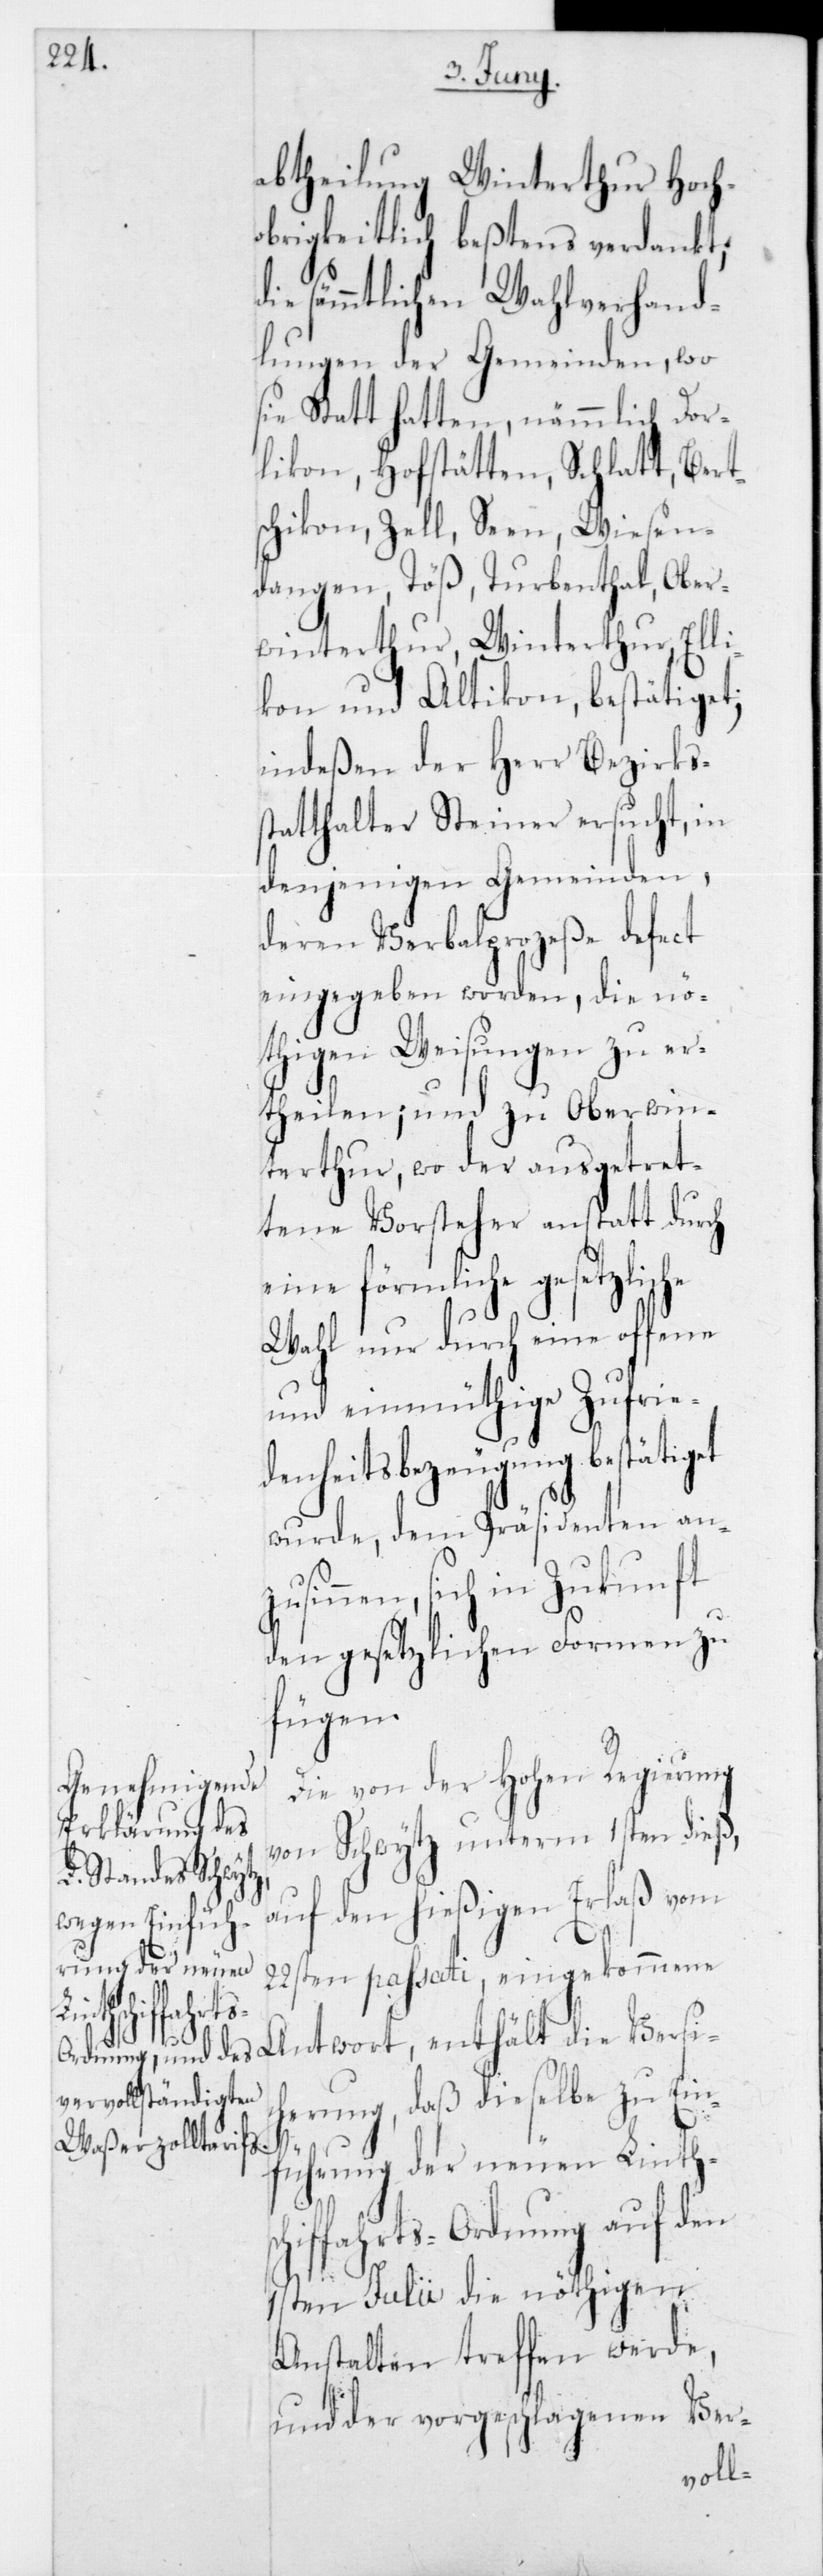
che

abtheilung Winterthur Hoch¬
obrigkeitlich beßtens verdankt;
ie sämmtlichen Wahlverhand¬
lungen der Gemeinden, wo
sie statt hatten, nämmlich Dor¬
likon, Hofstätten, Schlatt, Bert¬
schikon, Zell, Seen, Wiesen¬
dangen, Turbenthal, Ober¬
winterthur, Winterthur, Elli¬
kon und Altikon, bestätiget,
indeßen der Herr Bezirkss¬
tatthalter Steiner ersucht, in
denjenigen Gemeinden,
deren Verbalprozeße defect
eingegeben worden, die nö¬
thigen Weisungen zu er¬
theilen; und zu Oberwin¬
terthur, wo der ausgetret¬
tene Vorsteher anstatt durch
eine förmliche gesetzli¬
Wahl nur durch eine offene
und einmüthige Zufrie¬
denheitsbezeugung bestätiget
wurde, dem Präsidenten anz¬
usinnen, sich in Zukunft
den gesetzlichen Formen zu
fügen.
Die von der Hohen Regierung
von Schwytz unterm 1sten dieß,
auf den hießigen Erlaß vom
22sten passati eingekommene
Antwort, enthält die Versic¬
herung, daß dieselbe zu Ein¬
führung der neuen Linth¬
schiffahrts-Ordnung auf den
1sten Julii die nöthigen
Anstalten treffen werde,
und der vorgeschlagene Ver-